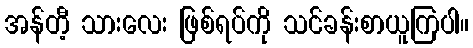
အန်တီ့ သားလေး ဖြစ်ရပ်ကို သင်ခန်းစာယူကြပါ။